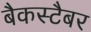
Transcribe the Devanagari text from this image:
बैकस्टैबर